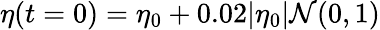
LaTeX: \eta(t=0)=\eta_{0}+0.02|\eta_{0}|\mathcal{N}(0,1)